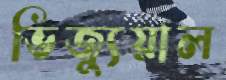
ভিজ্যুয়াল